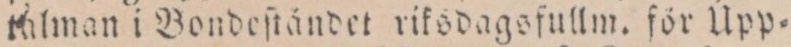
talman i Bondeſtåndet riksdagsfullm. för Upp=